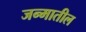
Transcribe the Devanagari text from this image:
जन्‍मातील